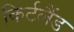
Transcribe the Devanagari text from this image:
किर्टलैंड